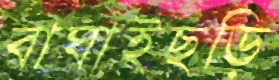
বাঘাইছড়ি